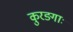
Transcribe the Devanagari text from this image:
कुरङ्गाः